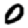
Digit: 0